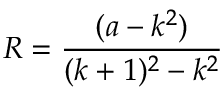
R = { \frac { ( a - k ^ { 2 } ) } { ( k + 1 ) ^ { 2 } - k ^ { 2 } } }